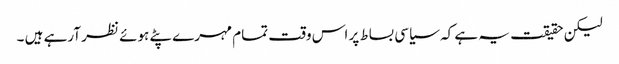
لیکن حقیقت یہ ہے کہ سیاسی بساط پر اس وقت تمام مہرے پٹے ہوئے نظر آرہے ہیں ۔